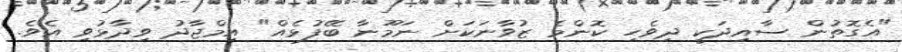
"އެގޮތުން ސާއިދަކީ ދިވެހި ކޮންމެ ޒުވާނަކަށް ނަމޫނާ ބޭފުޅެއް" އިމްޖާދު ވިދާޅުވި އެވެ.